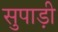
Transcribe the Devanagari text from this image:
सुपाड़ी